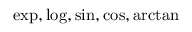
\exp , \log , \sin , \cos , \arctan